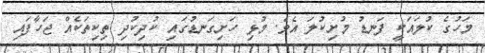
މަހުގެ ކުލައަކީ ފަނޑު މުށިކުލަ އެވެ. މުޅި ހަށިގަނޑުގައި ކުދިކުދި ތިކިތަކެއް ޖަހާފައި